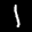
Label: 1